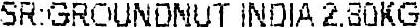
SR:GROUNDNUT INDIA 2.80KG